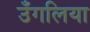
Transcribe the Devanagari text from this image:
उँगलिया